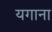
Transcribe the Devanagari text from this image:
यगाना